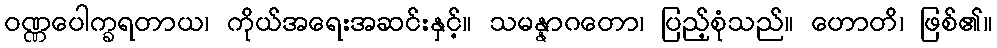
ဝဏ္ဏပေါက္ခရတာယ၊ ကိုယ်အရေးအဆင်းနှင့်။ သမန္နာဂတော၊ ပြည့်စုံသည်။ ဟောတိ၊ ဖြစ်၏။